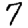
Digit: 7